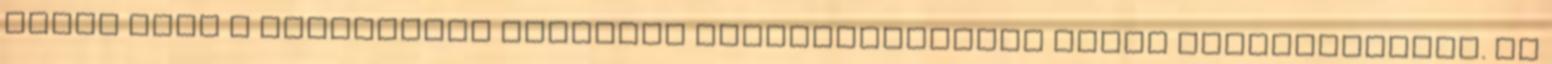
évben csak a fővárosban többezer ingatlanajánlat közül választhatnak. Az